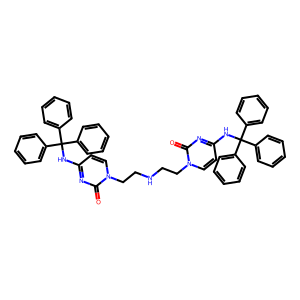
SMILES: O=c1nc(NC(c2ccccc2)(c2ccccc2)c2ccccc2)ccn1CCNCCn1ccc(NC(c2ccccc2)(c2ccccc2)c2ccccc2)nc1=O
Inhibits HIV replication: No